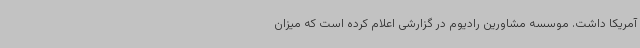
آمریکا داشت. موسسه مشاورین رادیوم در گزارشی اعلام کرده است که میزان